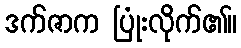
ဒက်ဇာက ပြုံးလိုက်၏။